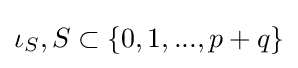
\iota _{S},S\subset \{0,1,...,p+q\}